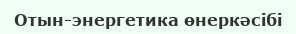
Отын-энергетика өнеркәсібі